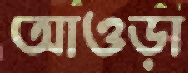
আওড়া